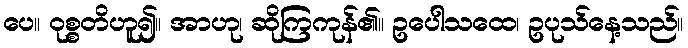
ပေ။ ဝုစ္စတိဟူ၍။ အာဟု၊ ဆိုကြကုန်၏။ ဥပေါသထေ၊ ဥပုသ်နေ့သည်။